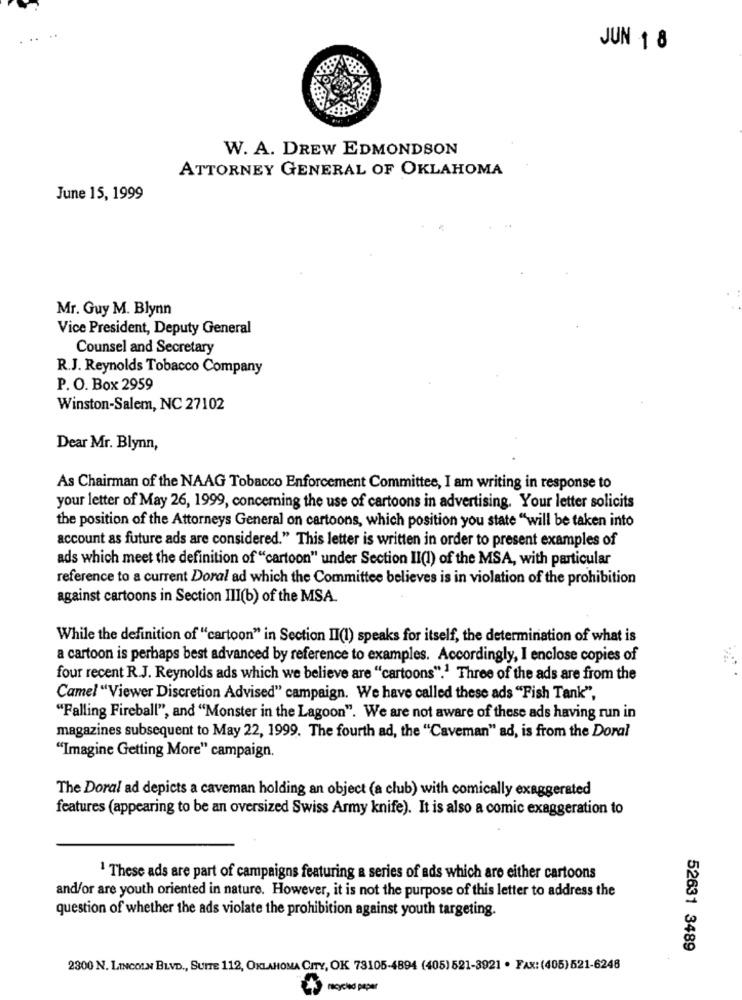
JUN 1 8
W. A. DREW EDMONDSON
ATTORNEY GENERAL OF OKLAHOMA
June 15, 1999
Mr. Guy M. Blynn
Vice President, Deputy General
Counsel and Secretary
R.J. Reynolds Tobacco Company
P. O. Box 2959
Winston-Salem, NC 27102
Dear Mr. Blynn,
As Chairman of the NAAG Tobacco Enforcement Committee, I am writing in response to
your letter of May 26, 1999, concerning the use of cartoons in advertising. Your letter solicits
the position of the Attorneys General on cartoons, which position you state "will be taken into
account as future ads are considered." This letter is written in order to present examples of
ads which meet the definition of "cartoon" under Section II(I) of the MSA, with particular
reference to a current Doral ad which the Committee believes is in violation of the prohibition
against cartoons in Section III(b) of the MSA.
While the definition of "cartoon" in Section II(1) speaks for itself, the determination of what is
a cartoon is perhaps best advanced by reference to examples. Accordingly, I enclose copies of
four recent R.J. Reynolds ads which we believe are "cartoons".1 Three of the ads are from the
Camel "Viewer Discretion Advised" campaign. We have called these ads "Fish Tank",
"Falling Fireball", and "Monster in the Lagoon". We are not aware of these ads having run in
magazines subsequent to May 22, 1999. The fourth ad, the "Caveman" ad, is from the Doral
"Imagine Getting More" campaign.
The Doral ad depicts a caveman holding an object (a club) with comically exaggerated
features (appearing to be an oversized Swiss Army knife). It is also a comic exaggeration to
1 These ads are part of campaigns featuring a series of ads which are either cartoons
and/or are youth oriented in nature. However, it is not the purpose of this letter to address the
question of whether the ads violate the prohibition against youth targeting.
52631 3489
2300 N. LINCOLN BLVD ., SUITE 112, OKLAHOMA CITY, OK 73105-4894 (405) 521-3921 . FAX: (405) 521-6248
mock peper